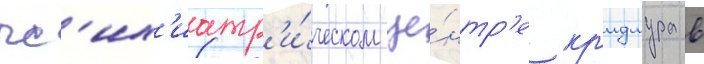
пс'их'иатр'и́ческом це́нтр'е кр'идмура в